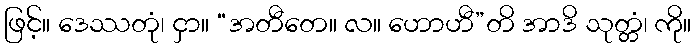
ဖြင့်။ ဒေဿတုံ၊ ငှာ။ “အတီတေ။ လ။ ဟောဟီ”တိ အာဒိ သုတ္တံ၊ ကို။